Manual of the Civil Veterinary Department, Central Provinces and Berar
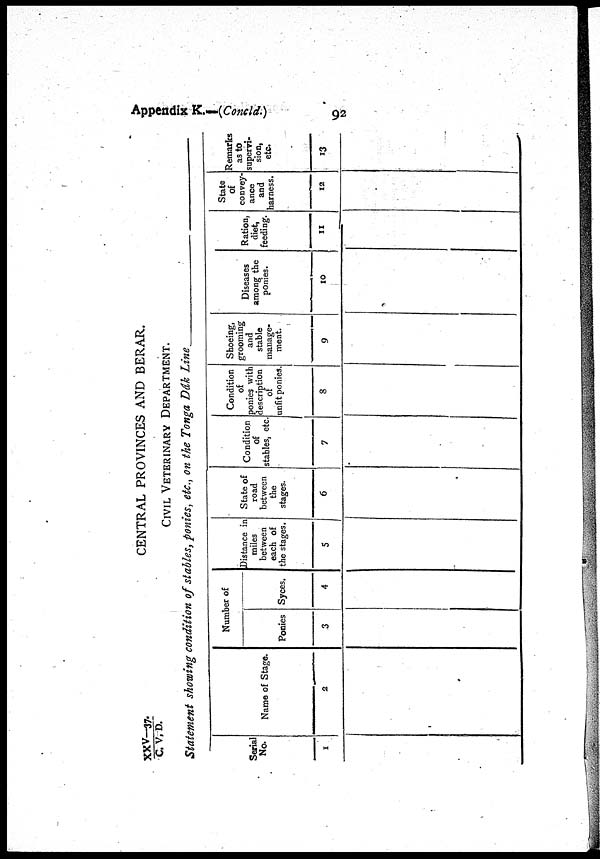
Appendix K.—(Concld.)
92
XXV-37./C. V. D.
CENTRAL PROVINCES AND BERAR.
CIVIL VETERINARY DEPARTMENT.
Statement showing condition of stables, ponies, etc., on the Tonga Dák Line
Serial
No.
1
Name of Stage.
2
Number of
Ponies
3
Syces.
4
Distance in
miles
between
each of
the stages.
5
State of
road
between
the
stages.
6
Condition
of
stables, etc.
7
Condition
of
ponies with
description
of
unfit ponies.
8
Shoeing,
grooming
and
stable
manage-
ment.
9
Diseases
among the
ponies.
10
Ration,
diet,
feeding.
11
State
of
convey-
ance
and
harness.
12
Remarks
as to
supervi-
sion,
etc
13